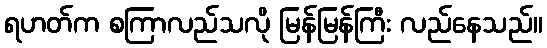
ရဟတ်က စကြာလည်သလို မြန်မြန်ကြီး လည်နေသည်။